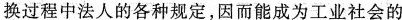
换过程中法人的各种规定，因而能成为工业社会的